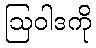
ဩဝါဒကို